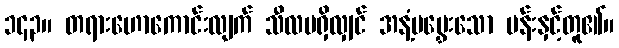
၁၄၃။ တရားဟောကောင်းလျက် သီလမရှိလျှင် အနံ့မမွှေးသော ပန်းနှင့်တူ၏။